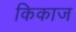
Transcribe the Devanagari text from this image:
किकाज